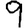
Digit: 9